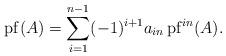
LaTeX: \begin{align*}\operatorname{pf}(A)=\sum_{i=1}^{n-1}(-1)^{i+1} a_{i n} \operatorname{pf}^{i n}(A).\end{align*}